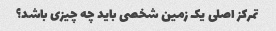
تمرکز اصلی یک زمین شخصی باید چه چیزی باشد؟